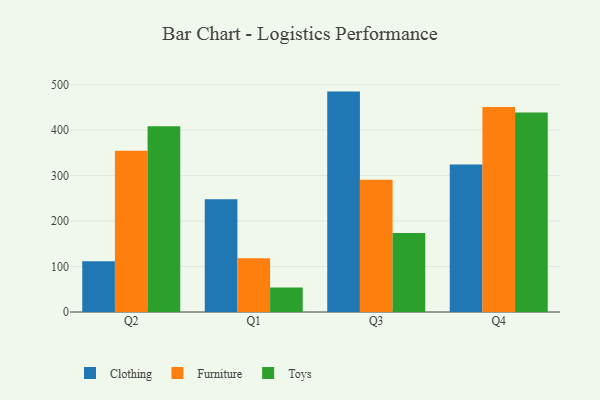
{"axis": {"x": "Quarter", "y": "Tickets Resolved"}, "legend": ["Clothing", "Furniture", "Toys"], "data": [{"x": "Q2", "y": 111.8, "type": "Clothing"}, {"x": "Q2", "y": 354.4, "type": "Furniture"}, {"x": "Q2", "y": 408.5, "type": "Toys"}, {"x": "Q1", "y": 247.8, "type": "Clothing"}, {"x": "Q1", "y": 118.4, "type": "Furniture"}, {"x": "Q1", "y": 54.1, "type": "Toys"}, {"x": "Q3", "y": 484.4, "type": "Clothing"}, {"x": "Q3", "y": 290.7, "type": "Furniture"}, {"x": "Q3", "y": 173.8, "type": "Toys"}, {"x": "Q4", "y": 324.2, "type": "Clothing"}, {"x": "Q4", "y": 450.7, "type": "Furniture"}, {"x": "Q4", "y": 438.3, "type": "Toys"}]}